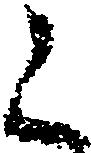
く